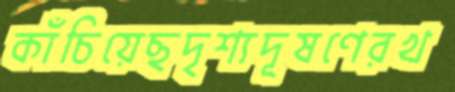
কাঁচিয়েছদৃশ্যদূষণেরখ